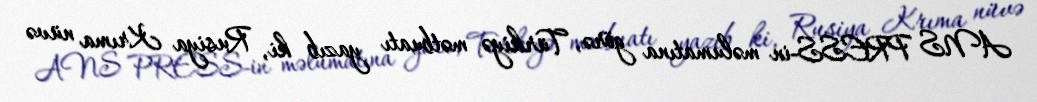
ANS PRESS-in məlumatına görə, Türkiyə mətbuatı yazıb ki, Rusiya Krıma nüvə